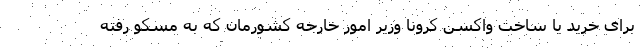
برای خرید یا ساخت واکسن کرونا وزیر امور خارجه کشورمان که به مسکو رفته